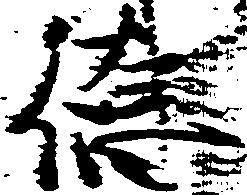
徳